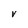
Character: V